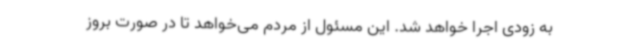
به زودی اجرا خواهد شد. این مسئول از مردم می‌خواهد تا در صورت بروز